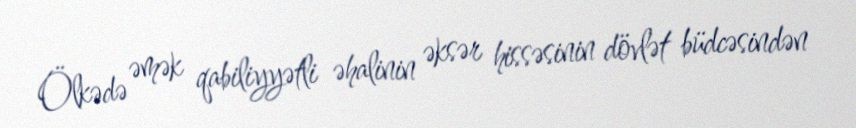
Ölkədə əmək qabiliyyətli əhalinin əksər hissəsinin dövlət büdcəsindən